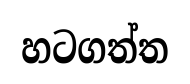
හටගත්ත